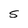
Character: S